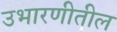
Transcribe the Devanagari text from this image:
उभारणीतील